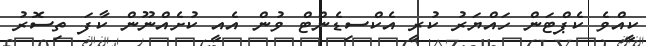
ކީއްވެ ކެޕްޓަން ހައްޔަރު ކުރީ އެކްސިޑެންޓް ވުން އެއީ ކުށެއްނޫން ކާފަ ތިސޮރު